Insane asylums in Bengal annual reports 1876-1887 - 1876-1887
Year: 1876
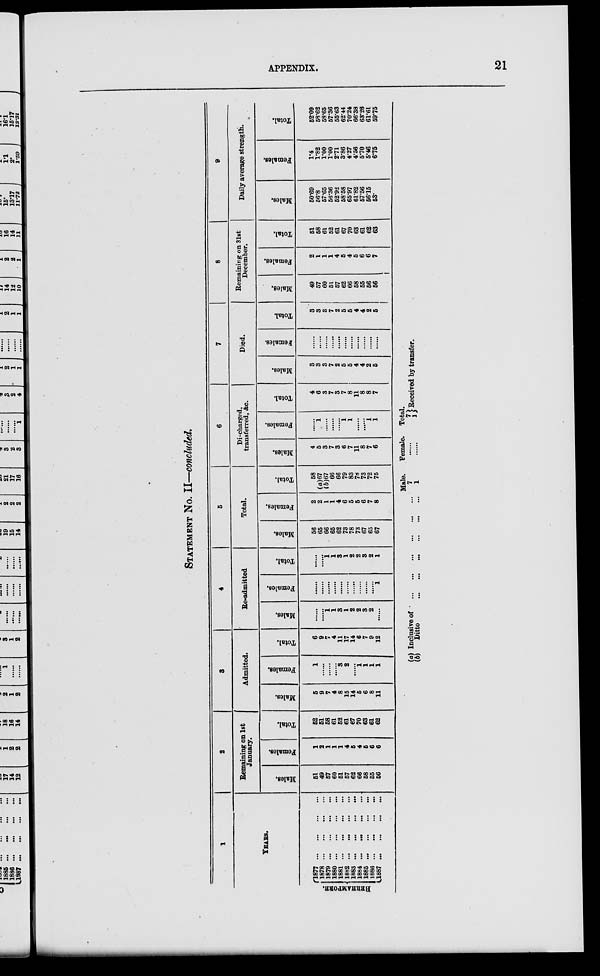
APPENDIX.
21
STATEMENT No. II—concluded.
1
YEARS.
BERHAMPORE.
1877 ... ... ... ...
1878
...
...
...
...
1879
...
...
...
...
1880
...
...
...
...
1881
...
...
...
...
1882
...
...
...
...
1883
...
...
...
...
1884 ... ... ... ...
1885
...
...
...
...
1886
...
...
...
...
1887
...
...
...
...
2
Remaining on 1st
January.
Males.
51
49
57
60
51
57
62
66
58
55
56
Females.
1
2
1
1
1
4
5
4
5
6
6
Total.
52
51
58
61
52
61
67
70
63
61
62
3
Admitted.
Males.
5
9
7
4
8
15
14
5
6
8
11
Females.
1
......
......
......
3
2
......
1
1
1
1
Total.
6
9
7
4
11
17
14
6
7
9
12
4
Re-admitted.
Males.
......
......
1
1
3
1
2
2
3
2
......
Females.
......
......
......
......
......
......
......
......
......
......
1
Total.
......
......
1
1
3
1
2
2
3
2
1
5
Total.
Males.
56
65
66
65
62
73
78
73
67
65
67
Females.
2
2
1
1
4
6
5
5
6
7
8
Total.
58
(a)67
(b)67
66
66
79
83
78
73
72
75
6
Discharged,
transferred, &c.
Males.
4
5
3
7
3
6
7
11
8
7
6
Females.
......
1
......
......
......
1
1
......
......
1
1
Total.
4
6
3
7
3
7
8
11
8
8
7
7
Died.
Males.
3
3
3
7
2
5
5
4
4
2
5
Females.
......
......
......
......
......
......
......
......
......
......
......
Total.
3
3
3
7
2
5
5
4
4
2
5
8
Remaining on 31st
December.
Males.
49
57
60
51
57
62
66
58
55
56
56
Females.
2
1
1
1
4
5
4
5
6
6
7
Total.
51
58
61
52
61
67
70
63
61
62
63
9
Daily average strength.
Males.
50.69
56.8
57.65
56.36
52.92
58.58
65.97
61.82
57.56
56.15
53.
Females.
1.4
1.82
1.00
1.00
2.71
3.86
4.27
4.56
5.70
5.46
6.75
Total.
52.09
58.62
58.65
57.36
55.63
62.44
70.24
66.38
63.26
61.61
59.75
(a)
(b)
Inclusive of
...
...
...
...
...
...
Ditto
...
...
...
...
...
...
Male.
7
1
Female.
......
......
Total.
7 1
Received by transfer.